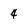
Character: 4